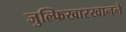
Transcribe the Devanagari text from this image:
जुल्फिखारखानने